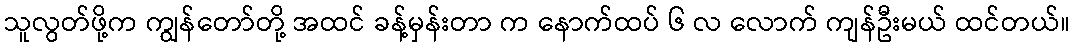
သူလွတ်ဖို့က ကျွန်တော်တို့ အထင် ခန့်မှန်းတာ က နောက်ထပ် ၆ လ လောက် ကျန်ဦးမယ် ထင်တယ်။